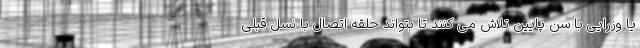
یا وزرایی با سن پایین تلاش می کنند تا بتواند حلقه اتصال با نسل قبلی